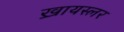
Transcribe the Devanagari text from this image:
ख्रायस्लर